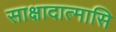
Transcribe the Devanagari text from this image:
साक्षादात्मासि